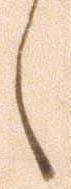
へ